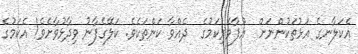
އެކަލާނގެ އަޅުތަކުންނަށް  އުފާވެރިކަމުގެ  ދެއްވާ ކަންތަކެވެ. ކަލޭގެފާނު ވިދާޅުވާށެވެ! އެކަމުގެ